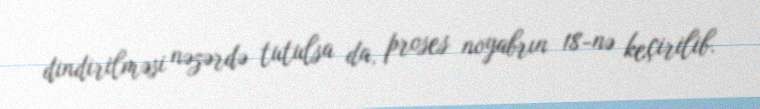
dindirilməsi nəzərdə tutulsa da, proses noyabrın 18-nə keçirilib.